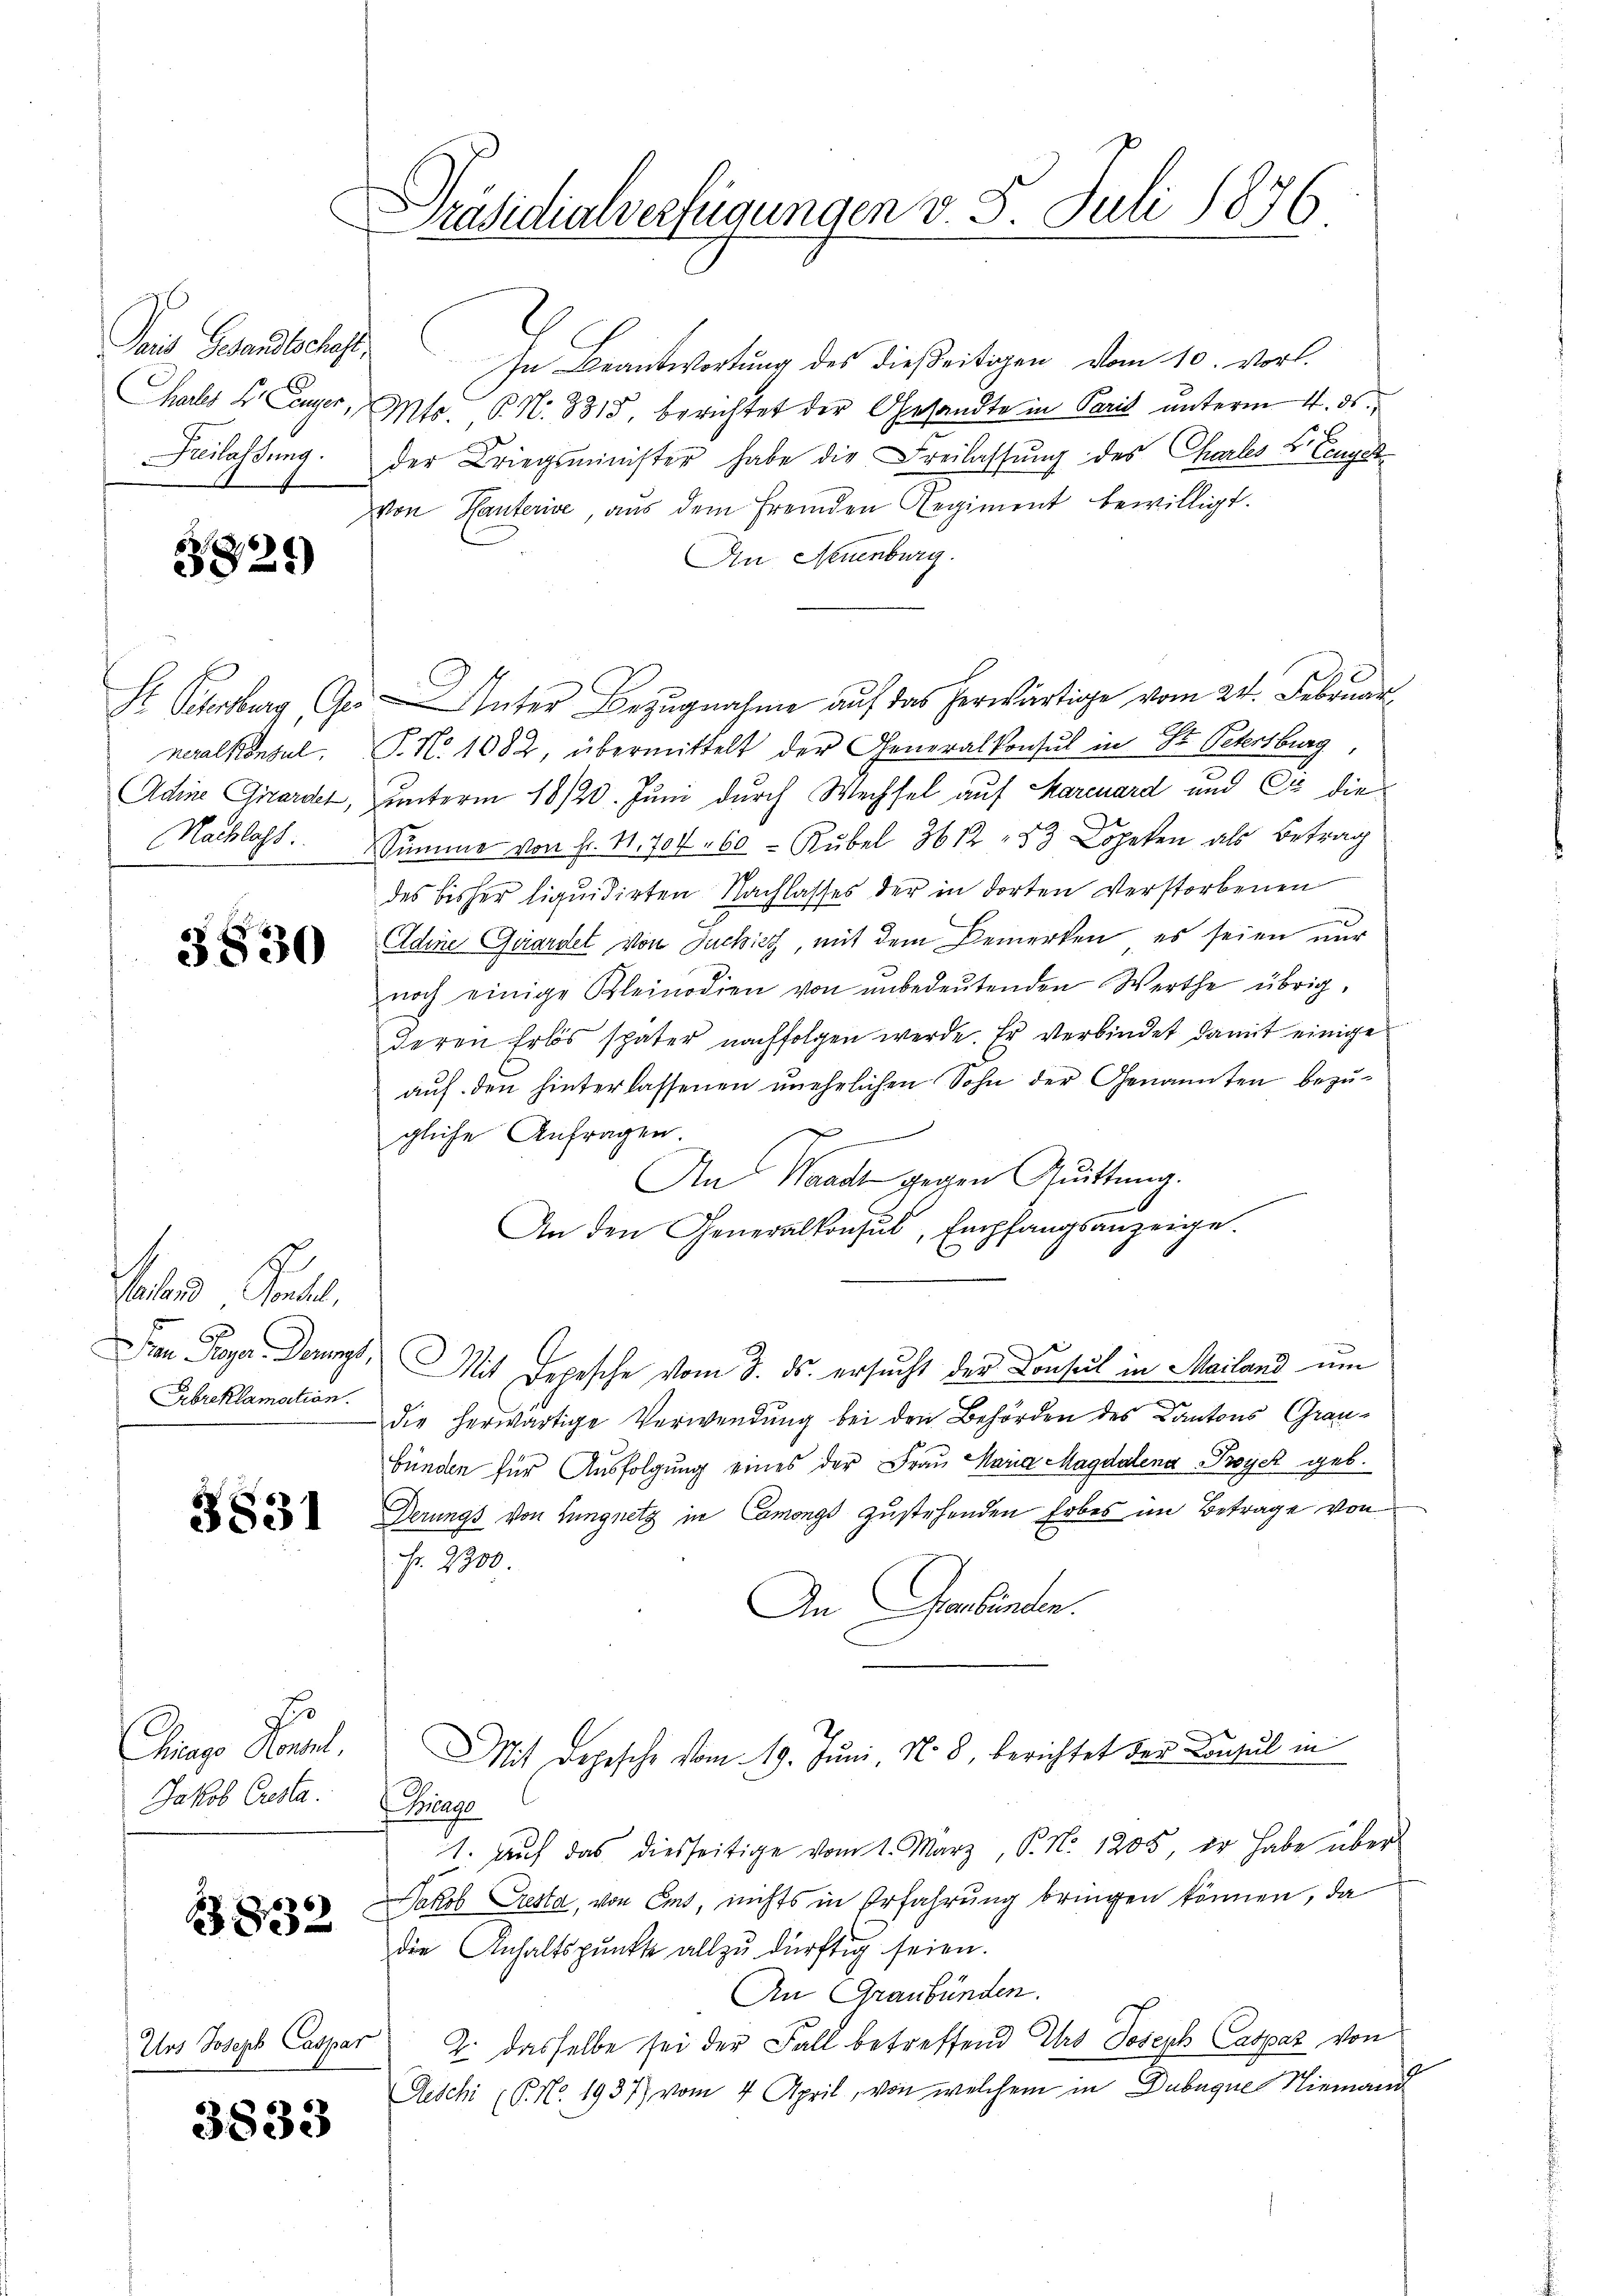
Sais Gesandtschaft.
hales L. Camper,
Freilassung.

3821)

Fr. Kursberg, Ge
neralkonsul
Adie Girardet,
Nachlass

3830

alors Bonhel
n Piper. Donne.
Ebreklamation.

3831

J
Chicago Konsul,
Jakob Cresla

B 832

Urs Joseph Caspar

3833

Präsidialverfügungen d. 5. Juli 1876

In Beantwortung des dießeitigen vom 10. Vort.
Mts. P. Nr. 8315, berichtet der Gesandte in Paris unterm 4. ds.
der Kriegsminister habe die Freilassung des Charles E. Einger
von Hauterive, aus dem fremden Regiment bewilligt.
An Neuenburg.
Unter Bezugnahme auf das herwärtige vom 24. Februar
P.No 1082, übermittelt der Generalkonsul in St. Petersburg
unterm 18/20. Juni durch Wechsel auf Marcuard und Er die
Summe von Fr. 11. 704 60 - Rubel 3612 " 83 Copeken als Betrag
des bisher liquidirten Nachlasses der in dorten Verstorbenen
e
Eldene Gardel von Tuchig, mit dem Bemerken, es seien nur
noch einige Kleinodien von unbedeŭtenden Werthe übrig.
deren Erlös später nachfolgen werde. Er verbindet damit einige
auf den hinterlassenen unehelichen Sohn der Genannten bezu¬
3
gliche Anfragen
An Waadt gegen Quittung.
An den Generalkonsul, Empfangsanzeige.
Mit Depesche vom 3. ds. ersucht der Consul in Mailand um
die herwärtige Verwendung bei den Behörden des Kantons Graubünden für Ausfolgung eines der Frau Maria Magdalena Tryck geb.
Derungs von Lungnetz in Camongs zustehenden Erbes im Betrage von
Fr. 2300
An Graubünden.
Mit Depesche vom 19. Juni, N. 8, berichtet der Consul in
Bringe
1. Auf das diesseitige vom 1. März, P. N. 1205, er habe über
Jakob Cresta, von Amt, nichts in Erfahrung bringen können, da
die Anhaltspunkte allzu dürftig seien.
An Graubünden.
2. dasselbe sei der Fall betreffend Ihr Joseph Caspar von
Geschi (P. Nr. 1937) vom 4. April, von welchem in Dubaque Niemand